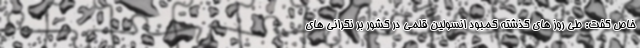
خاص گفت: طی روز های گذشته کمبود انسولین قلمی در کشور بر نگرانی های